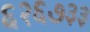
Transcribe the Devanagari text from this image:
६२६७३३